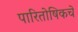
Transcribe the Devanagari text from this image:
पारितोषिकचे